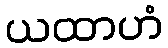
ယထာဟံ